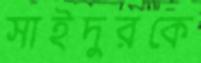
সাইদুরকে